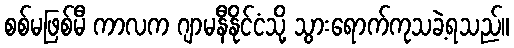
စစ်မဖြစ်မီ ကာလက ဂျာမနီနိုင်ငံသို့ သွားရောက်ကုသခဲ့ရသည်။